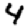
Digit: 4